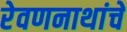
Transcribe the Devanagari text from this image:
रेवणनाथांचे